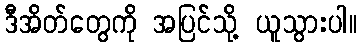
ဒီအိတ်တွေကို အပြင်သို့ ယူသွားပါ။